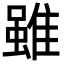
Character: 雖